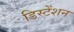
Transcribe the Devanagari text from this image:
डिस्टेंशन